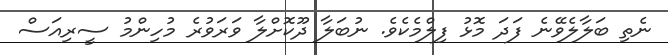
ނެތި ބަލާލެވޭނެ ފަދަ މޮޅު ފިލްމެކެވެ. ނުބަލާ ދޫކޮށްލާ ވަރަވުރެ މުހިންމު ސީރިއަސް